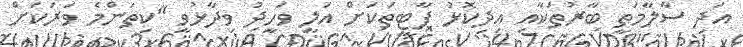
އަދި ސާލާމަތީ ބާރުތަކާއި އިދިކޮޅު ޕާޓީތަކަށް އަލީ ވަހީދު ވިދާޅުވީ "ކިތަންމެ ވަރަކަށް